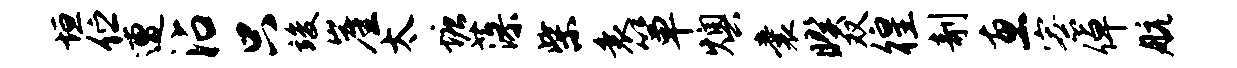
垣伫遭沾只竣崖太塘藻柴衰箪燠囊暌双徨剞惠寮倬航